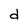
Character: d